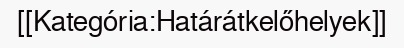
[[Kategória:Határátkelőhelyek]]